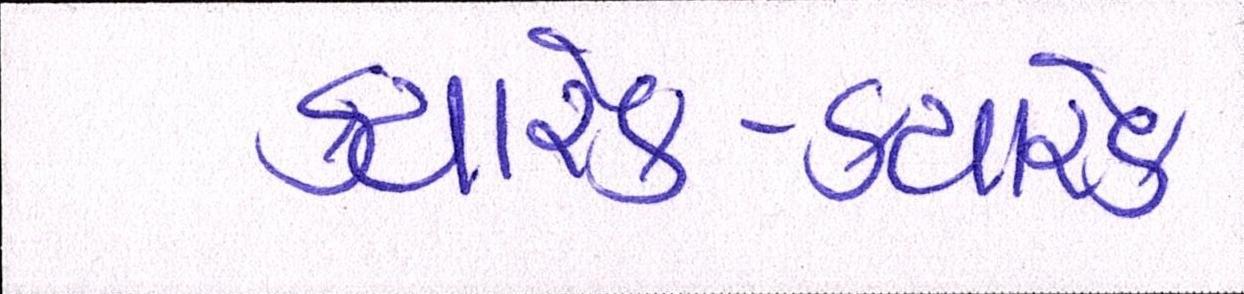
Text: ક્યારેક-ક્યારેક